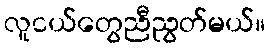
လူငယ်တွေညီညွတ်မယ်။